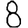
Digit: 8